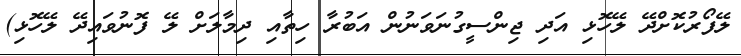
ލޭފޯރުކޮށްދޭ ލޭހޮޅި އަދި ޖިންސީގުނަވަނުން އަބުރާ ހިތާއި ދިމާލަށް ލޭ ފޮނުވައިދޭ ލޭހޮޅި)